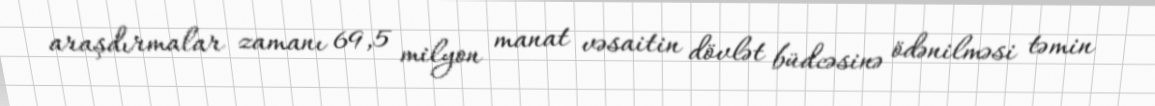
araşdırmalar zamanı 69,5 milyon manat vəsaitin dövlət büdcəsinə ödənilməsi təmin